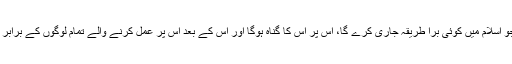
جب کہ عمل کرنے والوں کے اجر میں کوئی کمی نہیں کی جاۓ گی اور جو اسلام میں کوئی بُرا طریقہ جاری کرے گا، اس پر اس کا گناہ ہوگا اور اس کے بعد اس پر عمل کرنے والے تمام لوگوں کے برابر گناہ ہوگا اور عمل کرنے والوں کے گناہ میں کوئی کمی نہیں کی جاۓ گی۔